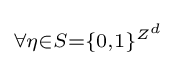
\scriptstyle \forall \eta \in S=\{0,1\}^{Z^{d}}